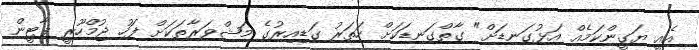
އެއީ ޔަގީންކަމެއް އަޅުގަނޑަށް" ގާތްގަނޑަކަށް ހަތަރު ގަޑިއިރުގެ މަޝްވަރާތަކަށް ފަހު ޖުމްހޫރީ ޕާޓީން